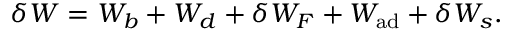
\delta W = W _ { b } + W _ { d } + \delta W _ { F } + W _ { \mathrm { a d } } + \delta W _ { s } .